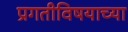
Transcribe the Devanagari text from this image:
प्रगतीविषयाच्या